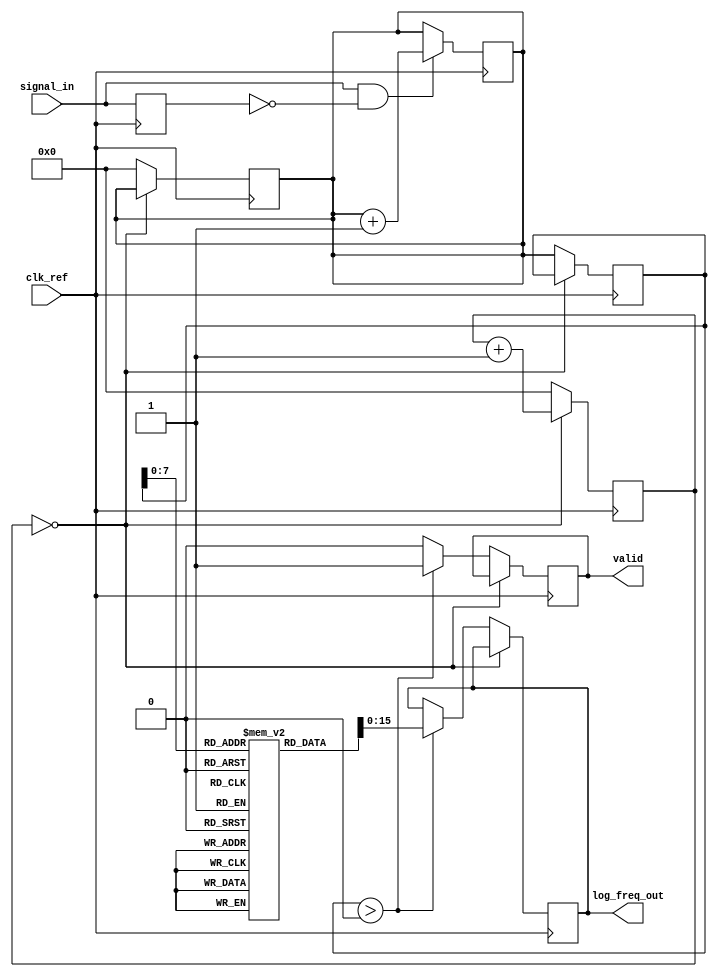
module LogarithmicFrequencyDetector (
    input wire clk_ref,               // Reference clock signal
    input wire signal_in,             // Input signal to detect frequency
    output reg [15:0] log_freq_out,   // Logarithmic frequency output
    output reg valid                  // Validity flag
);

    reg [31:0] counter;               // Edge count
    reg [31:0] count_period;          // Count period
    reg [31:0] freq;                  // Frequency calculation
    reg [31:0] log_table [0:255];     // Logarithmic lookup table
    reg [7:0] freq_index;             // Index for frequency lookup
    reg signal_last;                  // Last state of the input signal
    reg [15:0] log_freq;              // Temporary logarithmic frequency

    // Initialize logarithmic lookup table
    initial begin
        // Populate the lookup table with log values (base 2)
        // This is a simple example; populate according to your needs
        // log_table[0] = 0; // log(1) = 0
        // log_table[1] = 0; // log(2) = 1
        // log_table[2] = 1; // log(3) = 1.585
        // ...
        // log_table[255] = 7.996;
    end

    // Edge detection and counting
    always @(posedge clk_ref) begin
        if (signal_in && !signal_last) begin
            counter <= counter + 1;  // Increment counter on rising edge
        end
        signal_last <= signal_in;      // Store last state of signal
    end

    // Frequency calculation and update log_freq_out
    always @(posedge clk_ref) begin
        if (count_period == 0) begin
            count_period <= count_period + 1; // Increment count period
        end else begin
            freq <= counter;                  // Capture count
            if (freq > 0) begin
                // Simple frequency calculation
                // Here we assume clk_ref frequency is known
                // freq = count / (1 / clk_ref_frequency)
                // For simplicity, we can just use the counter value directly
                log_freq = log_table[freq[7:0]]; // Lookup for log frequency
                log_freq_out <= log_freq;       // Update output
                valid <= 1;                      // Set valid flag
            end else begin
                valid <= 0;                      // Clear valid flag if no edges
            end
            // Reset counter and count_period for next measurement
            counter <= 0;
            count_period <= 0;
        end
    end

endmodule